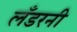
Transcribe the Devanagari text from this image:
लँडरनी